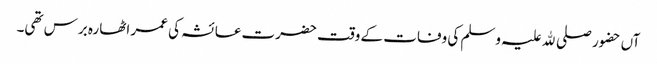
آں حضور صلی ﷲ علیہ وسلم کی وفات کے وقت حضرت عائشہ کی عمر اٹھارہ برس تھی۔